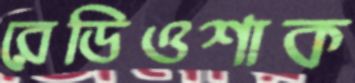
রেডিওশাক